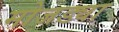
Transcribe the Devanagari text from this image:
मोजड्या